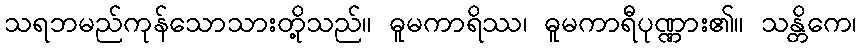
သရဘမည်ကုန်သောသားတို့သည်။ ဓူမကာရိဿ၊ ဓူမကာရီပုဏ္ဏား၏။ သန္တိကေ၊